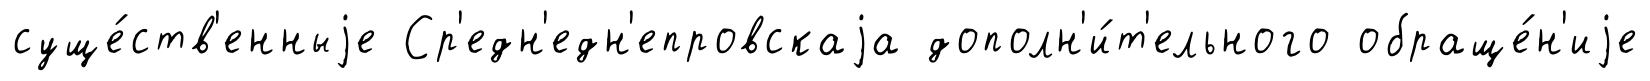
суще́ств'енныjе Ср'едн'едн'епровскаjа дополн'и́т'ельного обраще́н'иjе